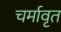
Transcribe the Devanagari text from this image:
चर्मावृत